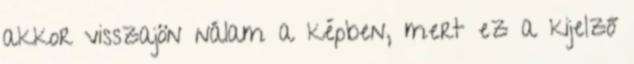
akkor visszajön nálam a képben, mert ez a kijelző